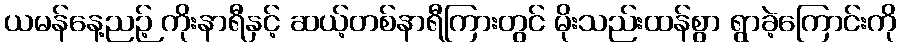
ယမန်နေ့ညဉ့် ကိုးနာရီနှင့် ဆယ့်တစ်နာရီကြားတွင် မိုးသည်းထန်စွာ ရွာခဲ့ကြောင်းကို